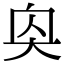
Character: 𪥌